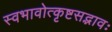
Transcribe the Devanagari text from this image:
स्वभावोत्कृष्टसद्भावः